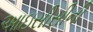
આઇસીસીની